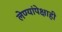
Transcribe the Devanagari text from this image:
लेण्यांपेक्षाही